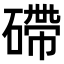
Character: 𥕧